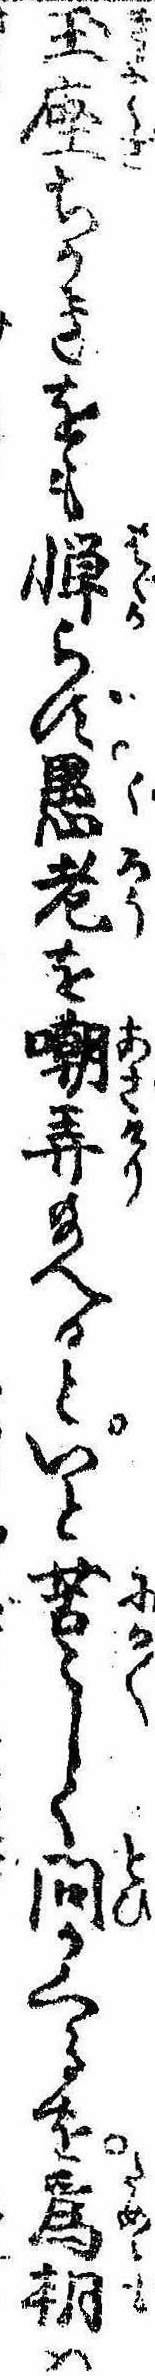
玉座ちかきをも憚らず愚老を嘲弄給へるといと苦々しく問かくるを為朝は